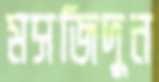
মসজিদুন